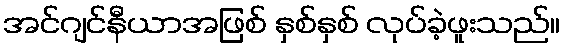
အင်ဂျင်နီယာအဖြစ် နှစ်နှစ် လုပ်ခဲ့ဖူးသည်။